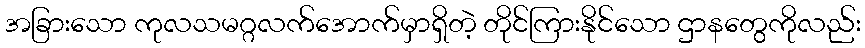
အခြားသော ကုလသမဂ္ဂလက်အောက်မှာရှိတဲ့ တိုင်ကြားနိုင်သော ဌာနတွေကိုလည်း